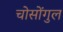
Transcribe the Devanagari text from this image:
चोसोंगुल